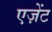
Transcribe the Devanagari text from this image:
एज़ेंट